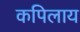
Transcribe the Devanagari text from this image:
कपिलाय